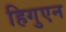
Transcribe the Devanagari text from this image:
हिगुएन